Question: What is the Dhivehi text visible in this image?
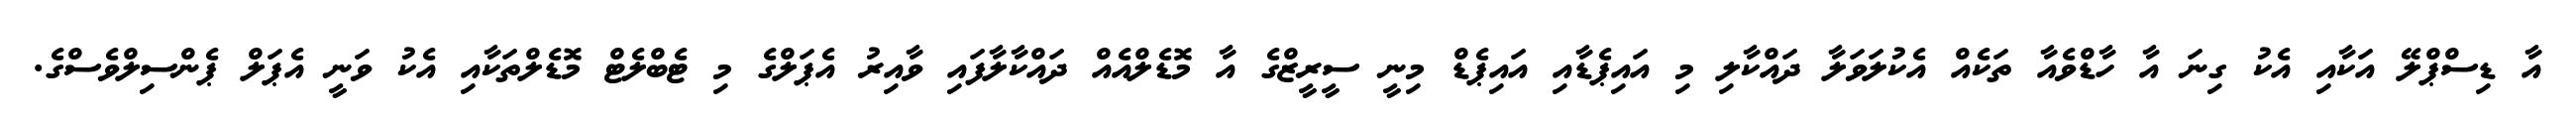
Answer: އާ ޑިސްޕްލޭ އަކާއި އެކު ގިނަ އާ ހާޑްވެއާ ތަކެއް އެކުލަވަލާ ދައްކާލި މި އައިޕެޑާއި އައިޕެޑް މިނީ ސީރީޒްގެ އާ މޮޑެލްއެއް ދައްކާލާފައި ވާއިރު އެޕަލްގެ މި ޓެބްލެޓް މޮޑެލްތަކާއި އެކު ވަނީ އެޕަލް ޕެންސިލްވެސްގެ.